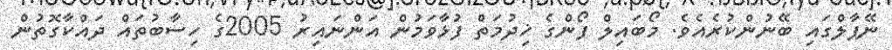
ނޭޕާލްގައި ބޭނުންކުރެއެވެ. މޯބައިލް ފޯންގެ ޚިދުމަތް ފުޅާވަމުން އަންނައިރު 2005ގެ ހިސާބުތައް ދައްކާގޮތުން